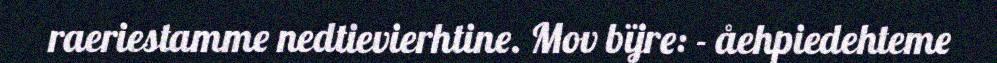
raeriestamme nedtievierhtine. Mov bïjre: - åehpiedehteme